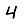
Digit: 4